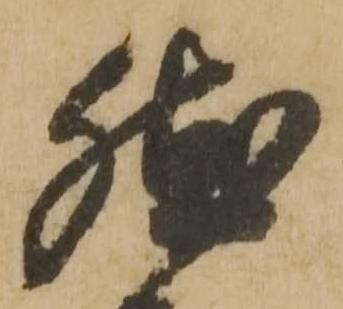
然